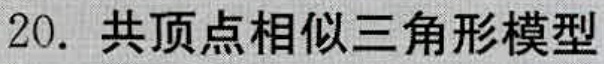
20. 共顶点相似三角形模型